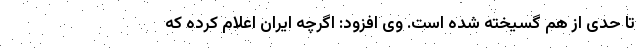
تا حدی از هم گسیخته شده است. وی افزود: اگرچه ایران اعلام کرده که